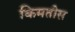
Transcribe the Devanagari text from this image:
किमतीस